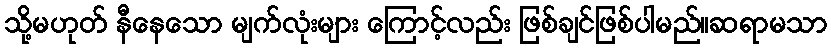
သို့မဟုတ် နီနေသော မျက်လုံးများ ကြောင့်လည်း ဖြစ်ချင်ဖြစ်ပါမည်။ဆရာမသာ